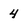
Character: 4